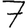
Digit: 7